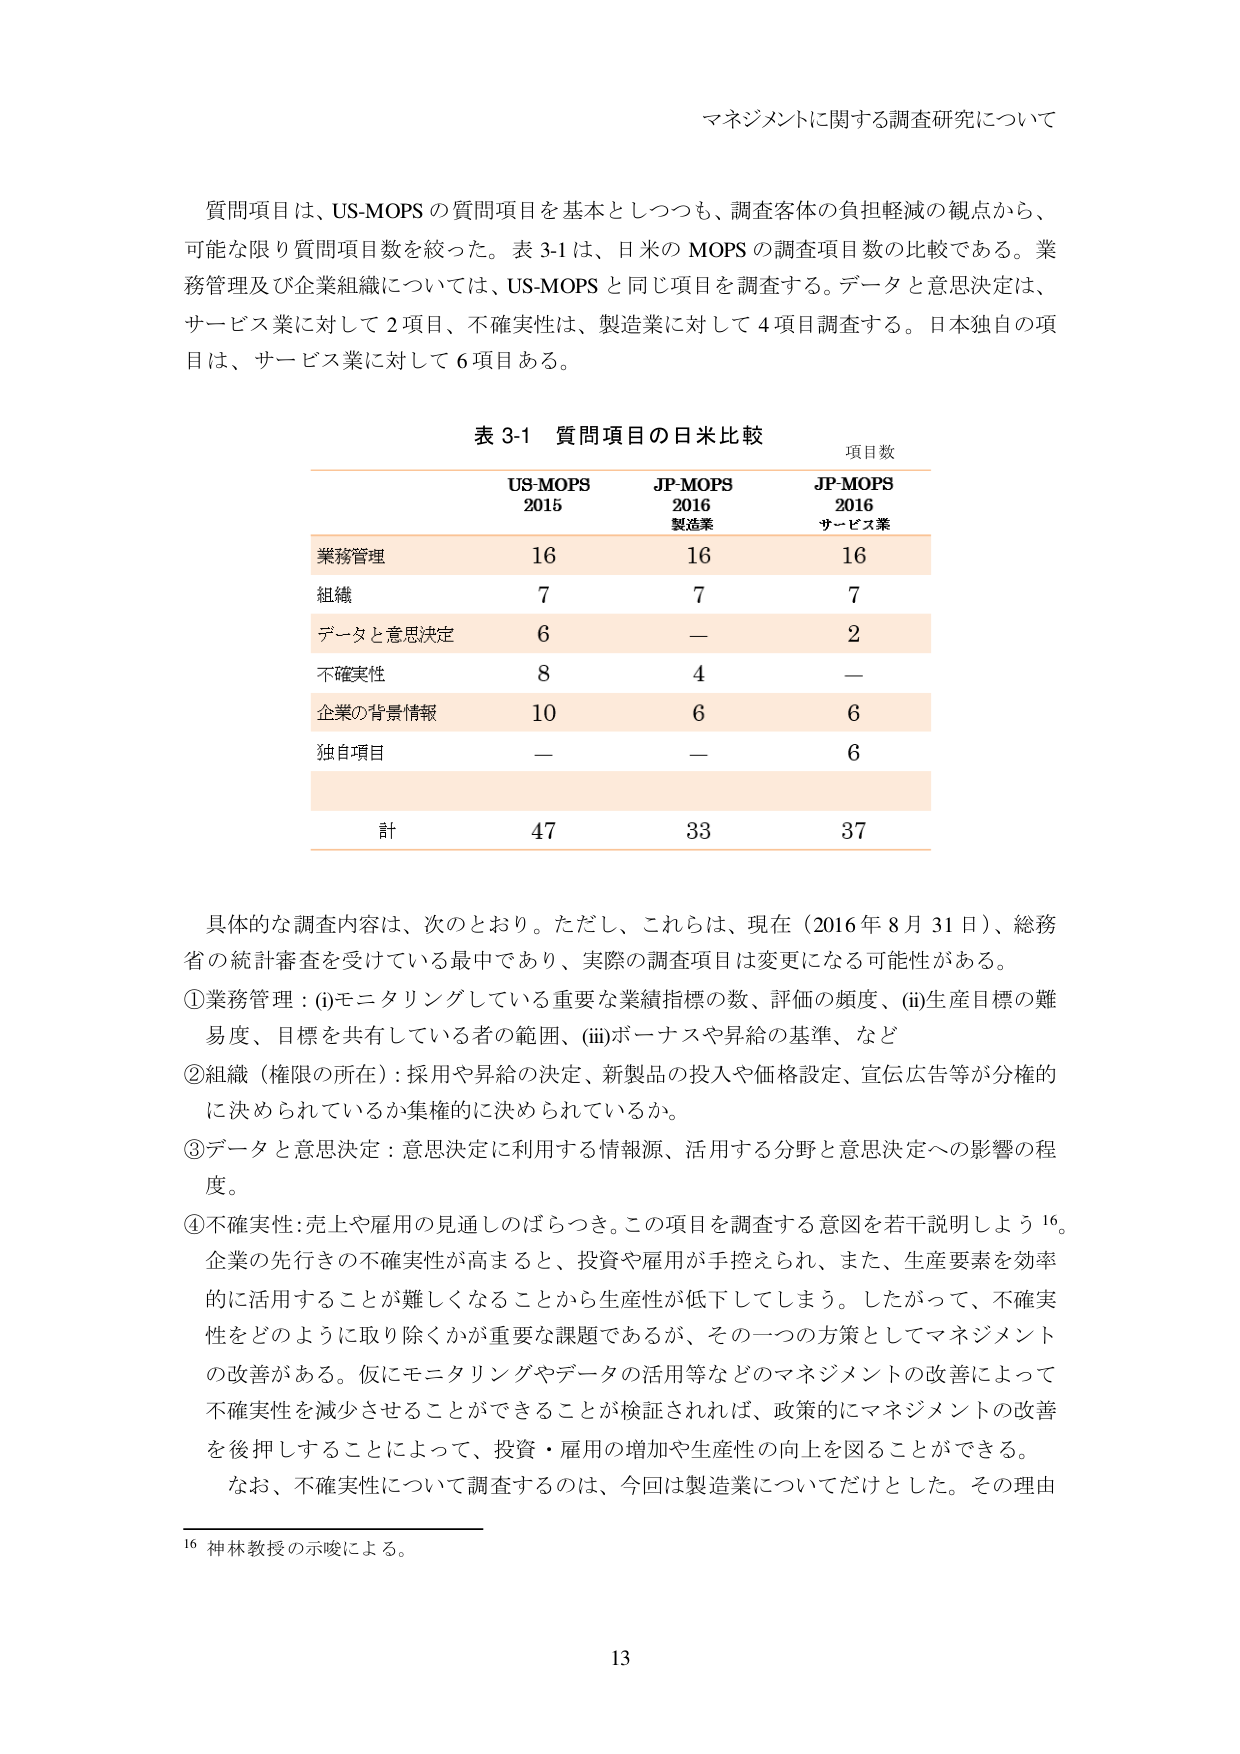
マネジメントに関する調査研究について

質問項目は、US-MOPS の質問項目を基本としつつも、調査客体の負担軽減の観点から、可能な限り質問項目数を絞った。表 3-1 は、日米の MOPS の調査項目数の比較である。業務管理及び企業組織については、US-MOPS と同じ項目を調査する。データと意思決定は、サービス業に対して 2 項目、不確実性は、製造業に対して 4 項目調査する。日本独自の項目は、サービス業に対して 6 項目ある。

表 3-1 質問項目の日米比較

項目数

US-MOPS 2015    JP-MOPS 2016 製造業    JP-MOPS 2016 サービス業

業務管理          16             16             16

組織              7              7              7

データと意思決定    6              —              2

不確実性          8              4              —

企業の背景情報    10             6              6

独自項目          —              —              6

計               47             33             37

具体的な調査内容は、次のとおり。ただし、これらは、現在（2016 年 8 月 31 日）、総務省の統計審査を受けている最中であり、実際の調査項目は変更になる可能性がある。

①業務管理：(i)モニタリングしている重要な業績指標の数、評価の頻度、(ii)生産目標の難易度、目標を共有している者の範囲、(iii)ボーナスや昇給の基準、など

②組織（権限の所在）：採用や昇給の決定、新製品の投入や価格設定、宣伝広告等が分権的に決められているか集権的に決められているか。

③データと意思決定：意思決定に利用する情報源、活用する分野と意思決定への影響の程度。

④不確実性：売上や雇用の見通しのばらつき。この項目を調査する意図を若干説明しよう 16。企業の先行きの不確実性が高まると、投資や雇用が手控えられ、また、生産要素を効率的に活用することが難しくなることから生産性が低下してしまう。したがって、不確実性をどのように取り除くかが重要な課題であるが、その一つの方策としてマネジメントの改善がある。仮にモニタリングやデータの活用等などのマネジメントの改善によって不確実性を減少させることができる事が検証されれば、政策的にマネジメントの改善を後押しすることによって、投資・雇用の増加や生産性の向上を図ることができる。

なお、不確実性について調査するのは、今回は製造業についてだけとした。その理由

16 神林教授の示唆による。

13